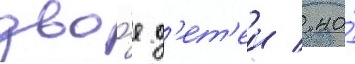
дво́е д'ет'еи / но́